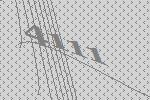
4111